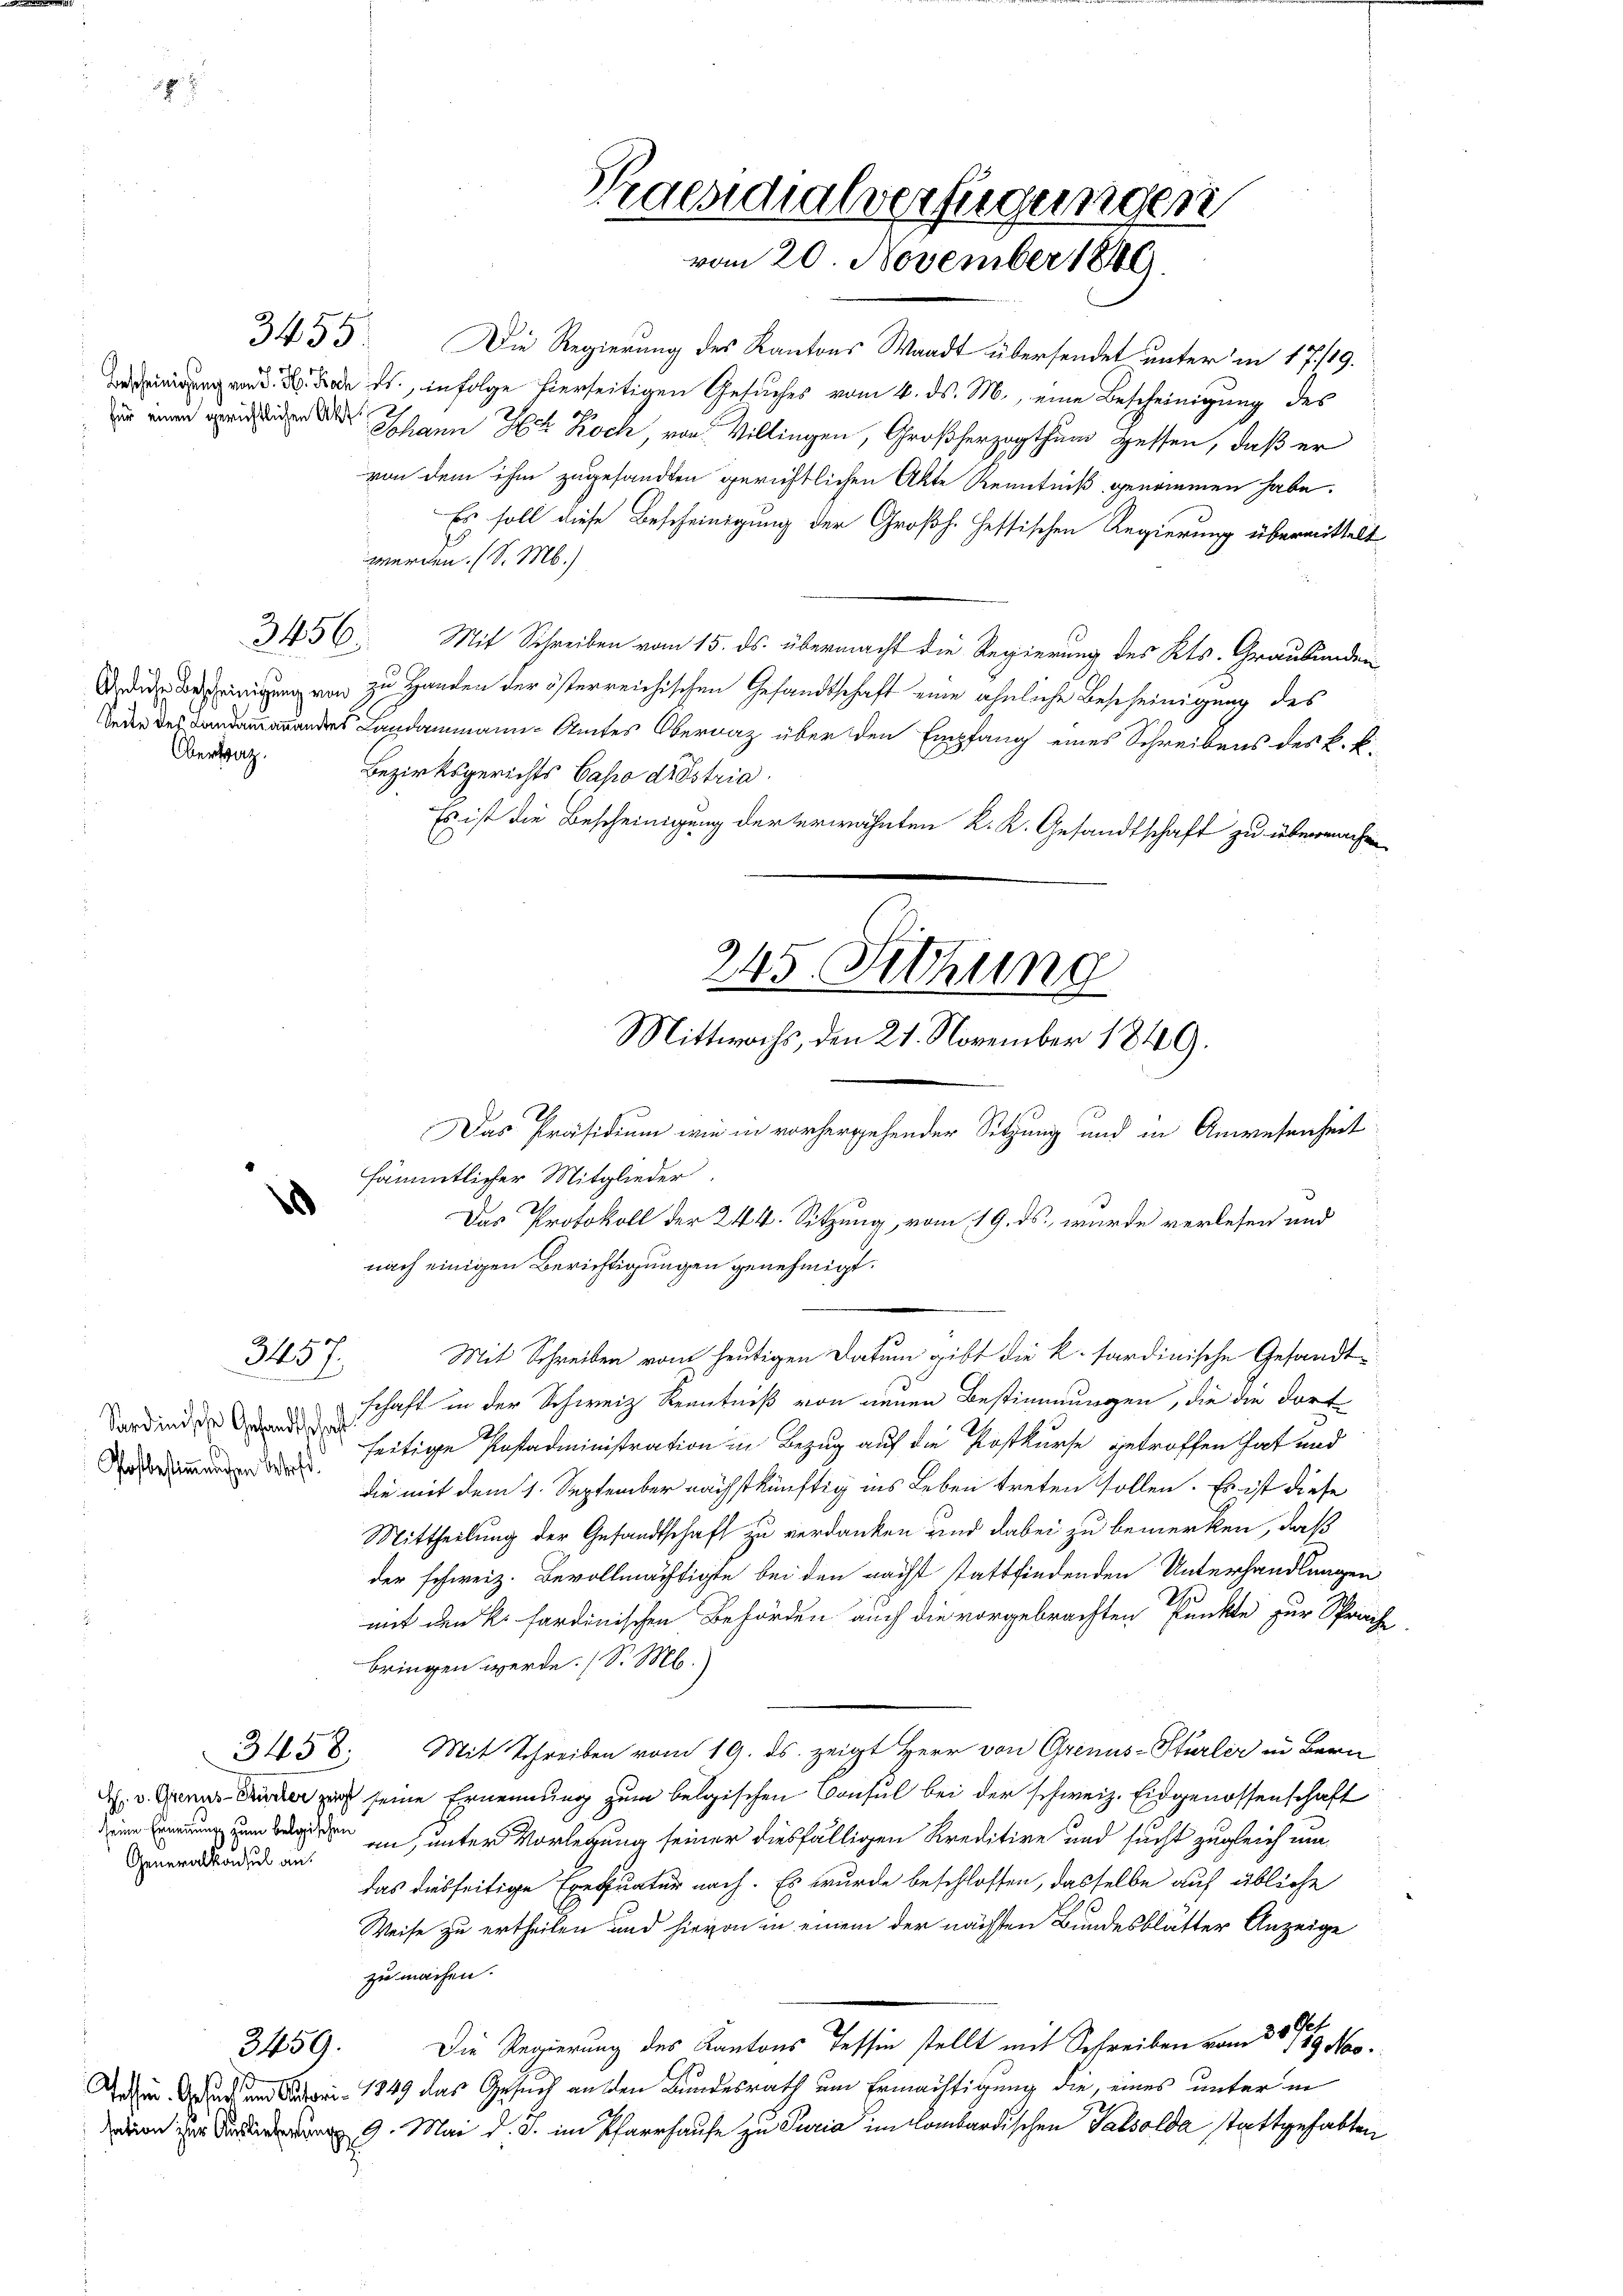
Obertrag.

Sardinische Gesandtschaft

3457.

3456.

e

Generalkonsul an:

3459.

Praesidialverfügungen
vom 20. November 1846.

3455. Die Regierung des Kantons Waadt übersendet unter in 17/19.
Vereinigung von d. 2. Jede ds., infolge hierseitigen Gesuches vom 4. ds. M., eine Bescheinigung des
 Mann H Koch, von Villingen, Großherzogthum gessen, daß er
von dem ihm zugesandten gerichtlichen Akte Kenntniß genommen habe.
Es soll diese Bescheinigung der Großh. Hessischen Regierung übermittelt
werden. (S. M.)
Mit Schreiben vom 15. ds. übermacht die Regierung des Kts. Graubünden
di der einigung von zu Handen der österreichischen Gesandtschaft eine ähnliche Bescheinigung des
 es des Landammann Amtes Obervaz über den Empfang eines Schreibens des k. k.
Bezirksgerichts Capo diestria
Es ist die Bescheinigung der erwähnten K. K. Gesandtschaft zu übermachen

245. Sitzung
Mittwochs, den 21. November 1849.
Das Präsidium wie in vorhergehender Sitzung und in Anwesenheit

sämmtlicher Mitglieder.
Das Protokoll der 244. Sitzung, vom 19. ds. wurde verlesen und
nach einigen Berichtigungen genehmigt.
Mit Schreiben vom heutigen Datum gibt die k. sardinische Gesandtschaft in der Schweiz Kenntniß von neuen Bestimmungen, die die dort
 der es seitige Pasadministration in Bezug auf die Postkurse getroffen hat und
die mit dem 1. September nächstkünftig ins Leben treten sollen. Es ist diese
Mittheilung der Gesandtschaft zu verdanken und dabei zu bemerken, daß
der schweiz. Bevollmächtigte bei den nächst stattfindenden Unterhandlungen
mit den k. sardinischen Behörden auch die vorgebrachten Punkte zur Sprache
bringen werde. (S. M.)
3458. Mit Schreiben vom 19. ds. zeigt Herr von Grenus-Stürler in Bern
dh. v. Genus Fuder zu seine Ernennung zum belgischen Consul bei der schweiz. Eidgenossenschaft
 zu, unter Vorlegung seiner diesfälligen Kreditire und sucht zugleich um
das diesseitige Exequatur nach. Es wurde beschlossen, dasselbe auf übliche
Weise zu ertheilen und hievon in einem der nächsten Bundesblätter Anzeige
zu machen.
Get
Die Regierung des Kantons Tessin stellt mit Schreiben vom 30. 759. Nov.
 dem See 1849 das Gesuch an den Bundesrath um Ermächtigung die, eines unter in
 9. Mai d. J. im Pfarrhause zu Puria im lombardischen Tatsolda stattgehabten